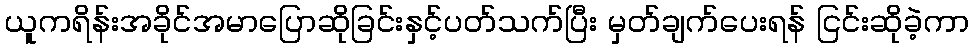
ယူကရိန်းအခိုင်အမာပြောဆိုခြင်းနှင့်ပတ်သက်ပြီး မှတ်ချက်ပေးရန် ငြင်းဆိုခဲ့ကာ